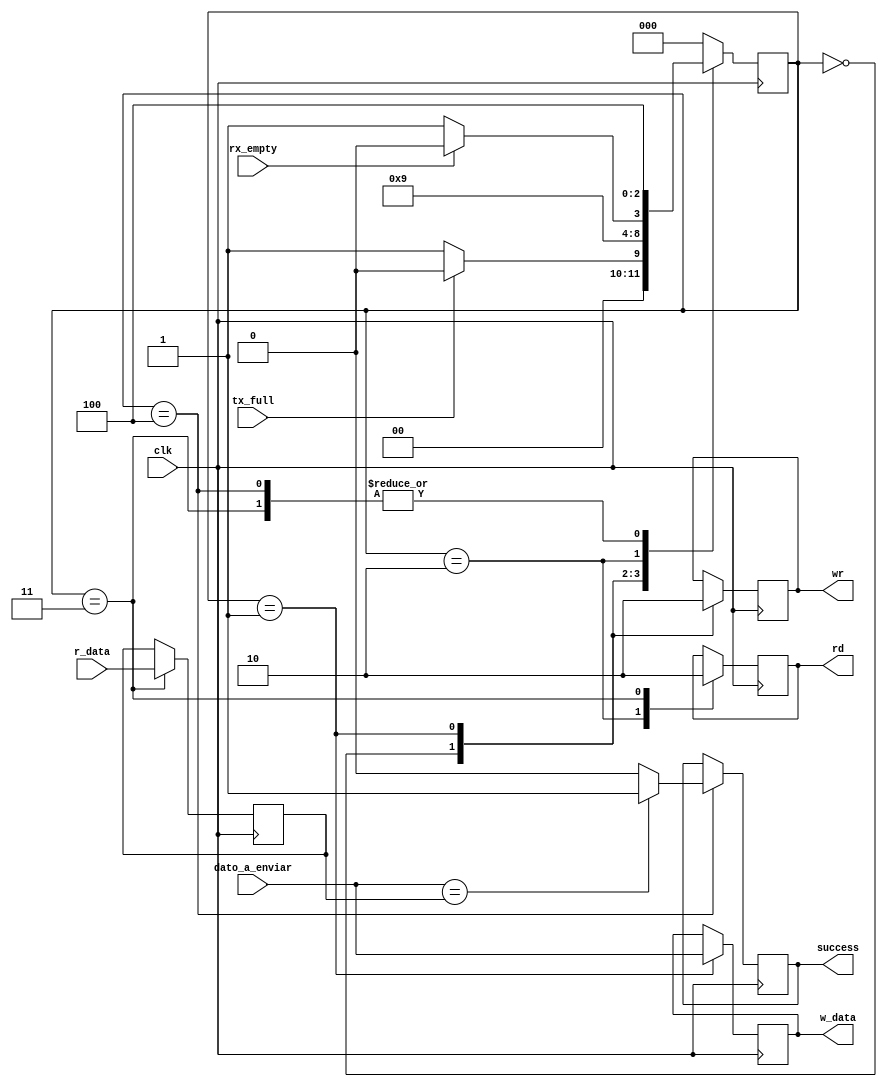
`timescale 1ns / 1ps
//////////////////////////////////////////////////////////////////////////////////
// Company: 
// Engineer: 
// 
// Design Name: 
// Module Name:    test 
// Project Name: 
// Target Devices: 
// Tool versions: 
// Description: 
//
// Dependencies: 
//
// Revision: 
// Revision 0.01 - File Created
// Additional Comments: 
//
//////////////////////////////////////////////////////////////////////////////////
module test(
	input wire [7:0]r_data,
	output reg rd,
	input wire rx_empty,
	
	output reg [7:0]w_data,
	output reg wr,
	input wire tx_full,
	
	input wire [7:0]dato_a_enviar,
	output reg success,
	
	input wire clk
    );
	 
//Estados
localparam [2:0] ESPERA_ENVIAR = 3'b000,
					  ENVIAR = 3'b001,
					  ESPERA_RECIBIR = 3'b010,
					  RECIBIR = 3'b011,
					  FIN = 3'b100;
					  
//Variables internas
reg [2:0] current_state = 3'b000;
reg [2:0] next_state = 3'b000;
reg [7:0] dato_a_recibir = 0;


always @(posedge clk)
begin
		current_state <= next_state;
end

		
always @(posedge clk) // always de logica de salida
begin
	case(current_state)
		ESPERA_ENVIAR: // coloca en 1 la bandera de envio y espera que este disponible el buffer
				begin
				wr = 1;
				end
		ENVIAR: // el dato del buffer de entrada se envia
				begin
					w_data = dato_a_enviar;
					wr = 0;
				end
		ESPERA_RECIBIR: // se coloca en 1 la bandera de recepcion y se espera a que el buffer este disponible
				begin
				rd = 1;
				end
		RECIBIR: // el dato recibido se guarda
				begin
					dato_a_recibir = r_data;
					rd = 0;
				end
		FIN: // se comparan los datos
				begin
				if(dato_a_enviar == dato_a_recibir)
				success = 1;
				else
				success = 0;
				end
	endcase
end//always de logica de salida
	
always @* // logica de cambio de estado
begin
	next_state = ESPERA_ENVIAR;
	case(current_state)
		ESPERA_ENVIAR:
			begin
				if(tx_full == 0)
					next_state = ENVIAR;
				else
					next_state = ESPERA_ENVIAR;
			end
		ENVIAR:
			begin
					next_state = ESPERA_RECIBIR;
			end
		ESPERA_RECIBIR:
			begin
			if (rx_empty == 0)
				next_state = RECIBIR;
			else
				next_state = ESPERA_RECIBIR;
		end
		RECIBIR:
			begin
				next_state = FIN;
			end
		FIN:
			begin
				next_state = FIN;
			end
	endcase
end //always de logica cambio de estado
	


endmodule